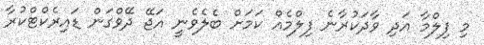
މި ފިލްމާ އަދި ވާދަކުރާނެ ފިލްމެއް ކަމަށް ބެލެވެނީ އަޖޭ ދޭވްގަން ޑައިރެކްޓްކުރާ